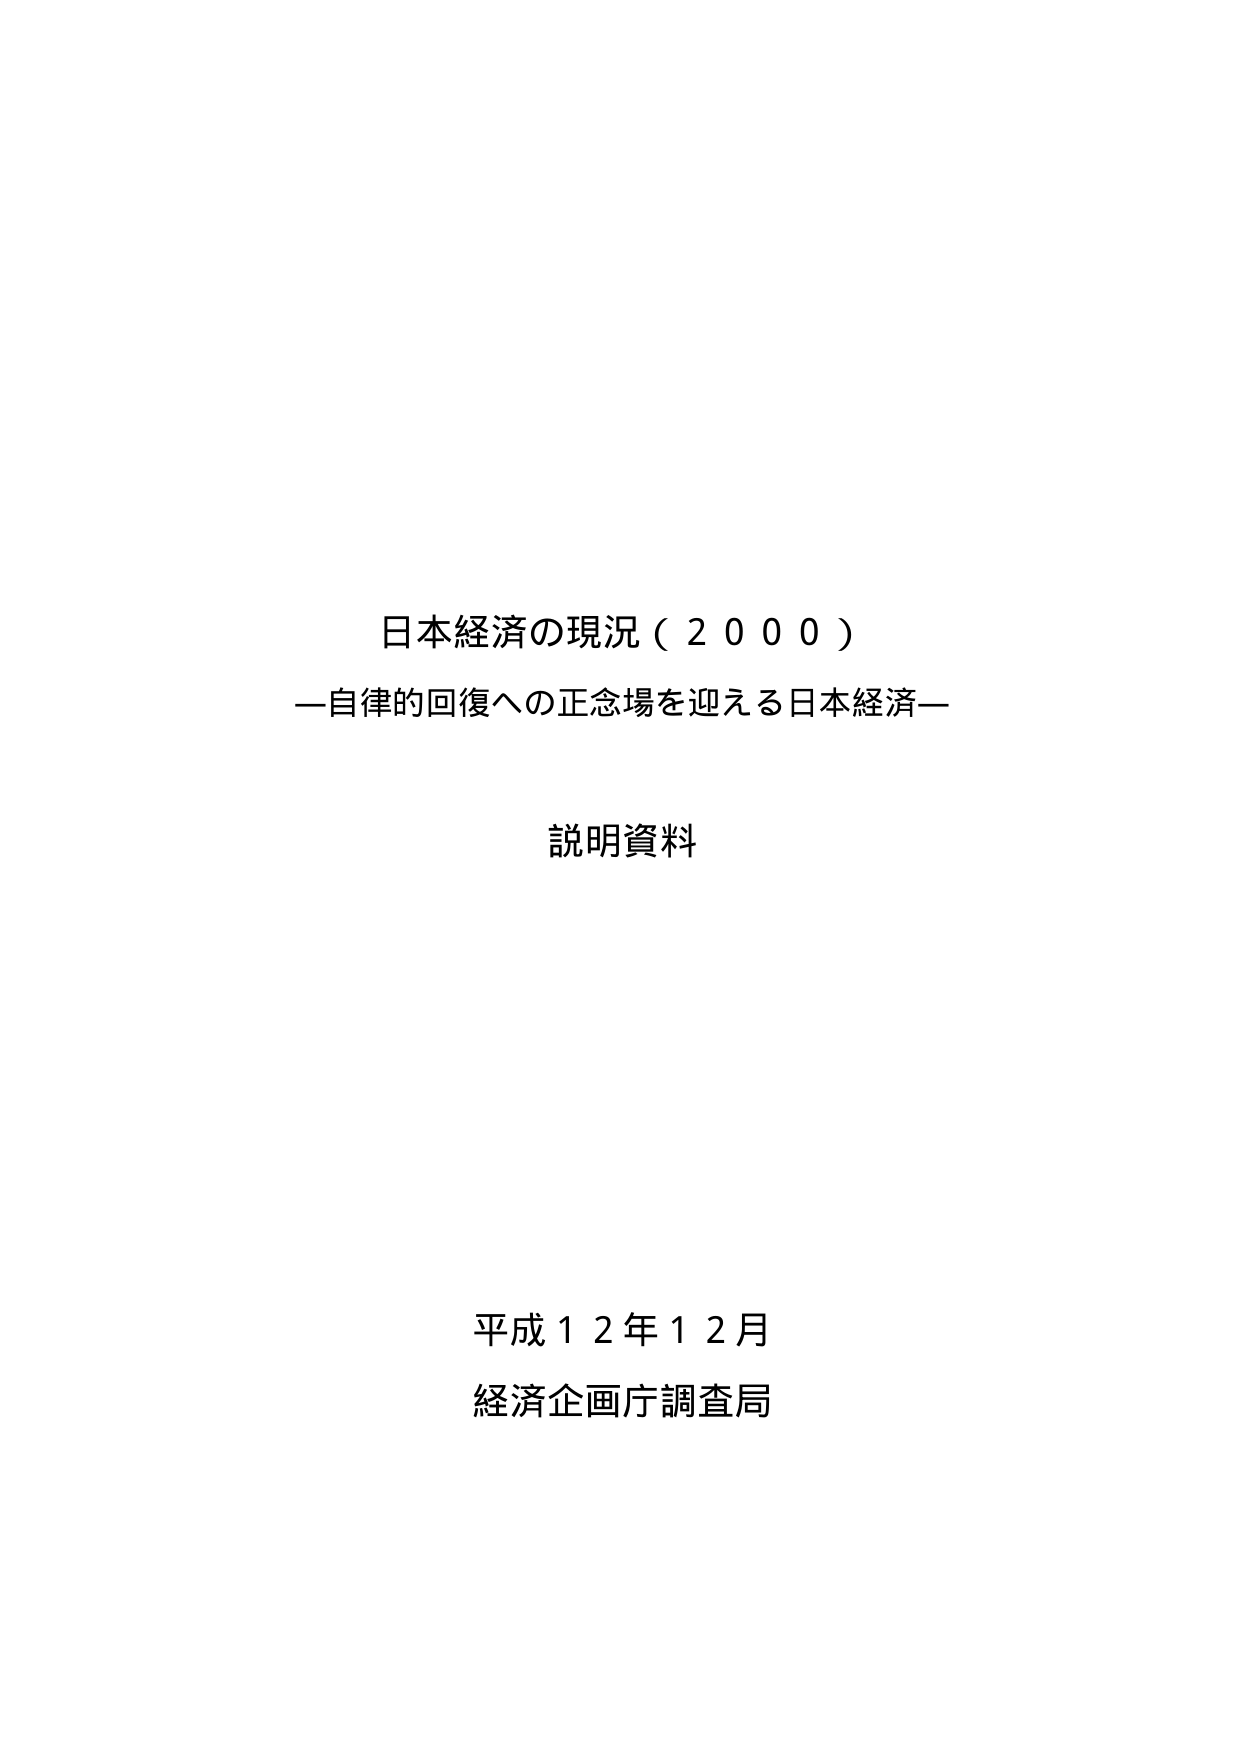
日本経済の現況（２０００）
—自律的回復への正念場を迎える日本経済—

説明資料

平成１２年１２月
経済企画庁調査局